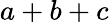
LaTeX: a+b+c